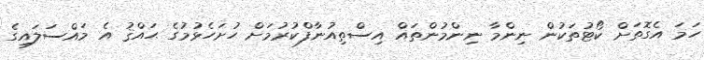
ހަމަ އެގޮތަށް ކޯޓުތަކުން ނިންމާ ނިންމުންތައް އިސްތިއުނާފްކުރުމަށް ހުށަހެޅުމުގެ ޙައްޤު އެ މައްސަލައިގެ